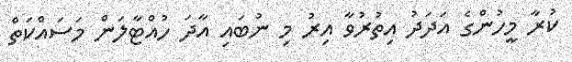
ކުރާ މީހުންގެ އަދަދު އިތުރުވާ އިރު މި ނުބައި އާދަ ހުއްޓާލަން މަސައްކަތް